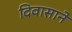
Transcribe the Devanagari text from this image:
दिवासाने